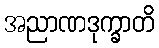
အညာဏဒုက္ခာတိ